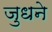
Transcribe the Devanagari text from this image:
जुधने